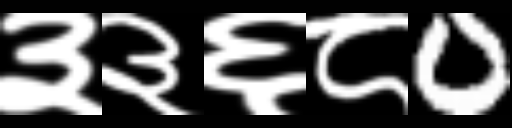
Text: ३३६८0